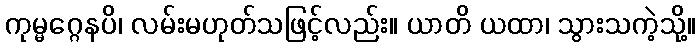
ကုမ္မဂ္ဂေနပိ၊ လမ်းမဟုတ်သဖြင့်လည်း။ ယာတိ ယထာ၊ သွားသကဲ့သို့။